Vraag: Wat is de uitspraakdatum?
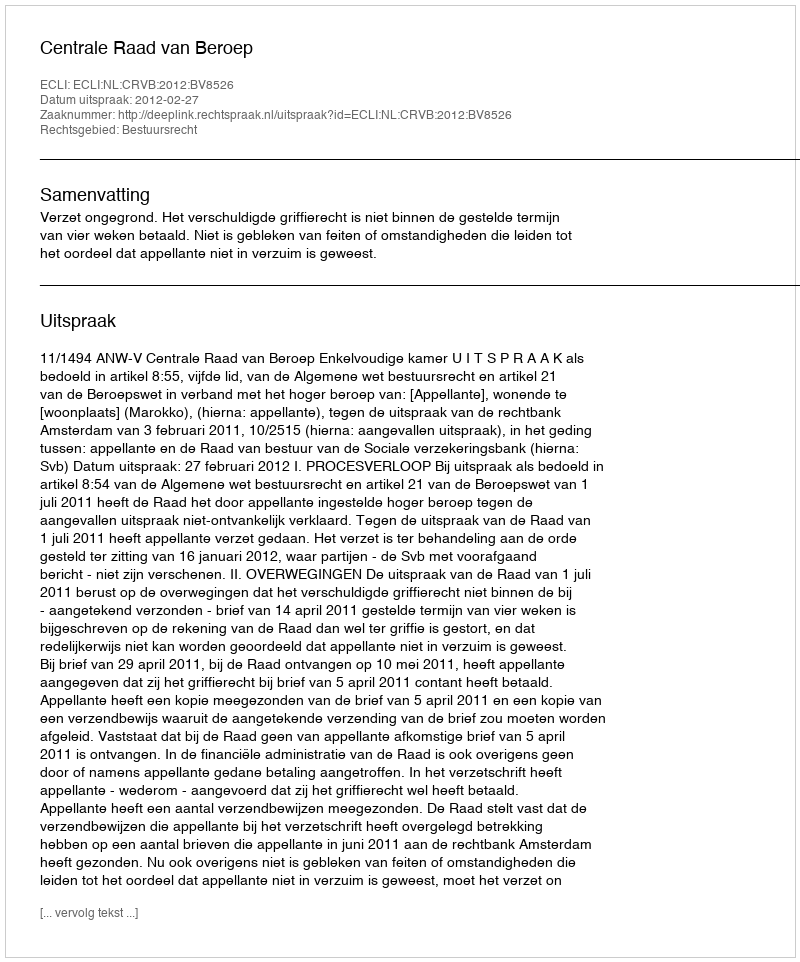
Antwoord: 2012-02-27